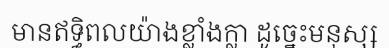
មានឥទ្ធិពលយ៉ាងខ្លាំងក្លា ដូច្នេះមនុស្ស